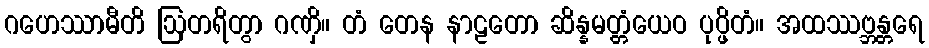
ဂဟေဿာမီတိ ဩတရိတွာ ဂဏှိ။ တံ တေန နာဠတော ဆိန္နမတ္တံယေဝ ပုပ္ဖိတံ။ အထဿဗ္ဘန္တရေ